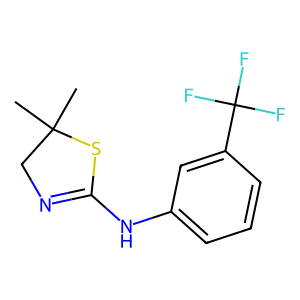
SMILES: CC1(C)CN=C(Nc2cccc(C(F)(F)F)c2)S1
Inhibits HIV replication: No